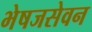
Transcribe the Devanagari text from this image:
भेषजसेवन